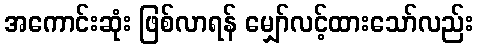
အကောင်းဆုံး ဖြစ်လာရန် မျှော်လင့်ထားသော်လည်း